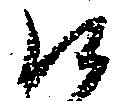
候